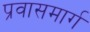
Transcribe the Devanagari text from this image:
प्रवासमार्ग